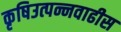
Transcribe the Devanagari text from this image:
कृषिउत्पन्नवाढीस